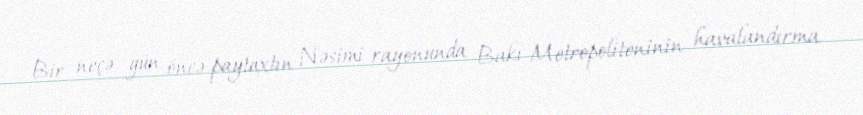
Bir neçə gün öncə paytaxtın Nəsimi rayonunda Bakı Metropoliteninin havalandırma